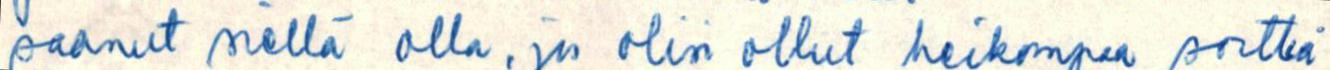
saanut siellä olla, jos olisi ollut heikompaa sorttia